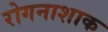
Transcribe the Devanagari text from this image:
रोगनाशाक